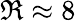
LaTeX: \Re\approx 8